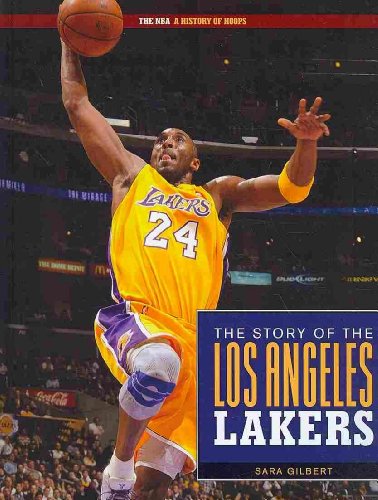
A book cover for The Story of the Los Angeles Lakers (The NBA: a History of Hoops); Sara Gilbert; Teen & Young Adult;